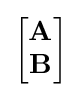
\left[{\begin{matrix}\mathbf {A} \\\mathbf {B} \end{matrix}}\right]